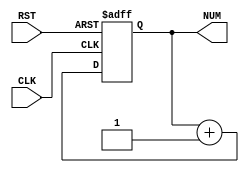
module transfrMultBlockWriteCounter(
RST,
CLK,
NUM);

input wire RST, CLK;
output reg [31:0] NUM;

always @ (posedge RST or posedge CLK)
begin
	if(RST)
	begin
		NUM <= 32'h0;
	end
	else
	begin
		NUM <= NUM + 32'h1;
	end
end

endmodule